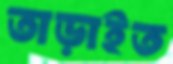
তাড়াইত